Report of the Indian Hemp Drugs Commission, 1894-1895 - Volume V
Year: 1894
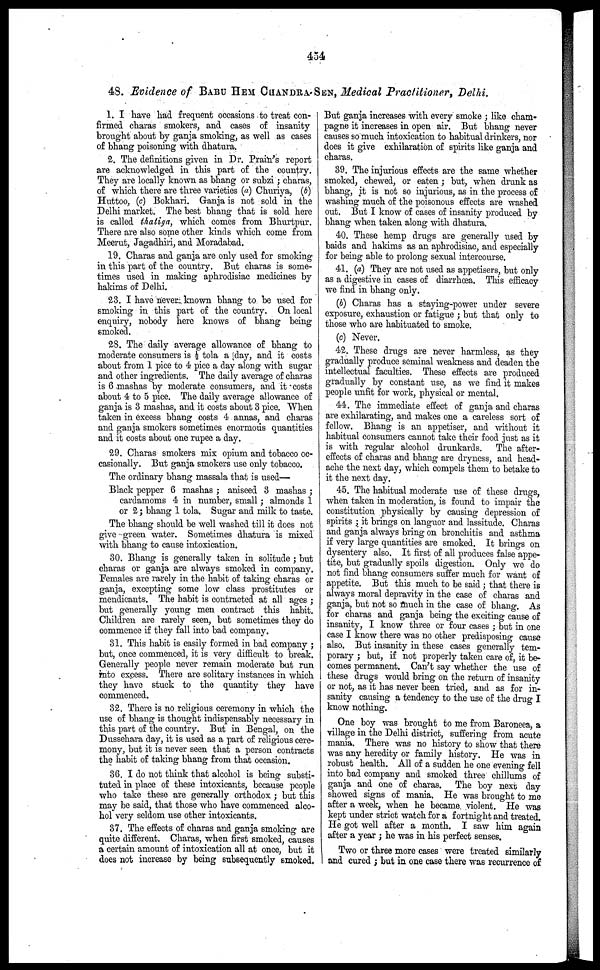
454
48. Evidence of BABU HEM CHANDRA-SEN, Medical Practitioner, Delhi.
1. I have had frequent occasions to treat con-
firmed charas smokers, and cases of insanity
brought about by ganja smoking, as well as cases
of bhang poisoning with dhatura.
2. The definitions given in Dr. Prain's report
are acknowledged in this part of the country.
They are locally known as bhang or subzi ; charas,
of which there are three varieties (a) Churiya, (b)
Huttoo, (c) Bokhari. Ganja is not sold in the
Delhi market. The best bhang that is sold here
is called thatiya, which comes from Bhurtpur.
There are also some other kinds which come from
Meerut, Jagadhiri, and Moradabad.
19. Charas and ganja are only used for smoking
in this part of the country. But charas is some-
times used in making aphrodisiac medicines by
hakims of Delhi.
23. I have never known bhang to be used for
smoking in this part of the country. On local
enquiry, nobody here knows of bhang being
smoked.
28. The daily average allowance of bhang to
moderate consumers is ½ tola a day, and it costs
about from 1 pice to 4 pice a day along with sugar
and other ingredients. The daily average of charas
is 6 mashas by moderate consumers, and it costs
about 4 to 5 pice. The daily average allowance of
ganja is 3 mashas, and it costs about 3 pice. When
taken in excess bhang costs 4 annas, and charas
and ganja smokers sometimes enormous quantities
and it costs about one rupee a day.
29. Charas smokers mix opium and tobacco oc-
casionally. But ganja smokers use only tobacco.
The ordinary bhang massala that is used—
Black pepper 6 mashas ; aniseed 3 mashas
cardamoms 4 in number, small; almonds 1
or 2; bhang 1 tola. Sugar and milk to taste.
The bhang should be well washed till it does not
give green water. Sometimes dhatura is mixed
with bhang to cause intoxication.
30. Bhang is generally taken in solitude ; but
charas or ganja are always smoked in company.
Females are rarely in the habit of taking charas or
ganja, excepting some low class prostitutes or
mendicants. The habit is contracted at all ages ;
but generally young men contract this habit.
Children are rarely seen, but sometimes they do
commence if they fall into bad company.
31. This habit is easily formed in bad company ;
but, once commenced, it is very difficult to break.
Generally people never remain moderate but run
into excess. There are solitary instances in which
they have stuck to the quantity they have
commenced.
32. There is no religious ceremony in which the
use of bhang is thought indispensably necessary in
this part of the country. But in Bengal, on the
Dussehara day, it is used as a part of religious cere-
mony, but it is never seen that a person contracts
the habit of taking bhang from that occasion.
36. I do not think that alcohol is being substi-
tuted in place of these intoxicants, because people
who take these are generally orthodox ; but this
may be said, that those who have commenced alco-
hol very seldom use other intoxicants.
37. The effects of charas and ganja smoking are
quite different. Charas, when first smoked, causes
a certain amount of intoxication all at once, but it
does not increase by being subsequently smoked.
But ganja increases with every smoke ; like cham-
pagne it increases in open air. But bhang never
causes so much intoxication to habitual drinkers, nor
does it give exhilaration of spirits like ganja and
charas.
39. The injurious effects are the same whether
smoked, chewed, or eaten ; but, when drunk as
bhang, it is not so injurious, as in the process of
washing much of the poisonous effects are washed
out. But I know of cases of insanity produced by
bhang when taken along with dhatura.
40. These hemp drugs are generally used by
baids and hakims as an aphrodisiac, and especially
for being able to prolong sexual intercourse.
41. (a) They are not used as appetisers, but only
as a digestive in cases of diarrhœa. This efficacy
we find in bhang only.
(b) Charas has a staying-power under severe
exposure, exhaustion or fatigue ; but that only to
those who are habituated to smoke.
(c) Never.
42. These drugs are never harmless, as they
gradually produce seminal weakness and deaden the
intellectual faculties. These effects are produced
gradually by constant use, as we find it makes
people unfit for work, physical or mental.
44. The immediate effect of ganja and charas
are exhilarating, and makes one a careless sort of
fellow. Bhang is an appetiser, and without it
habitual consumers cannot take their food just as it
is with regular alcohol drunkards. The after-
effects of charas and bhang are dryness, and head-
ache the next day, which compels them to betake to
it the next day.
45. The habitual moderate use of these drugs,
when taken in moderation, is found to impair the
constitution physically by causing depression of
spirits ; it brings on languor and lassitude. Charas
and ganja always bring on bronchitis and asthma
if very large quantities are smoked. It brings on
dysentery also. It first of all produces false appe-
tite, but gradually spoils digestion. Only we do
not find bhang consumers suffer much for want of
appetite. But this much to be said ; that there is
always moral depravity in the case of charas and
ganja, but not so much in the case of bhang, As
for charas and ganja being the exciting cause of
insanity, I know three or four cases ; but in one
case I know there was no other predisposing cause
also. But insanity in these cases generally tem-
porary ; but, if not properly taken care of, it be-
comes permanent. Can't say whether the use of
these drugs would bring on the return of insanity
or not, as it has never been tried, and as for in-
sanity causing a tendency to the use of the drug I
know nothing.
One boy was brought to me from Baroneea, a
village in the Delhi district, suffering from acute
mania. There was no history to show that there
was any heredity or family history. He was in
robust health. All of a sudden he one evening fell
into bad company and smoked three chillums of
ganja and one of charas. The boy next day
showed signs of mania. He was brought to me
after a week, when he became violent. He was
kept under strict watch for a fortnight and treated.
He got well after a month. I saw him again
after a year ; he was in his perfect senses.
Two or three more cases were treated similarly
I and cured ; but in one case there was recurrence of